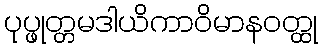
ပုပ္ဖုတ္တမဒါယိကာဝိမာနဝတ္ထု